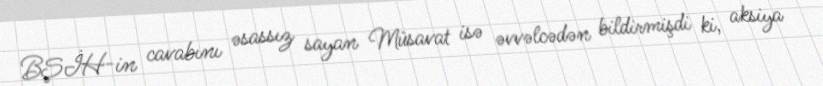
BŞİH-in cavabını əsassız sayan Müsavat isə əvvəlcədən bildirmişdi ki, aksiya